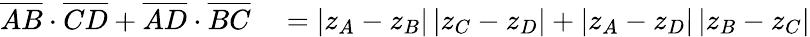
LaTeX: \begin{array}{rl}{{\overline{{AB}}}\cdot{\overline{{CD}}}+{\overline{{AD}}}\cdot{\overline{{BC}}}}&{{}=\left|z_{A}-z_{B}\right|\left|z_{C}-z_{D}\right|+\left|z_{A}-z_{D}\right|\left|z_{B}-z_{C}\right|}\end{array}